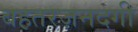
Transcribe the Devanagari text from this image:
बहतरज़नदगी